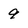
Character: 9